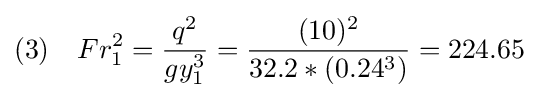
(3)\quad Fr_{1}^{2}={\frac {q^{2}}{gy_{1}^{3}}}={\frac {(10)^{2}}{32.2*(0.24^{3})}}=224.65